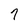
Character: 7